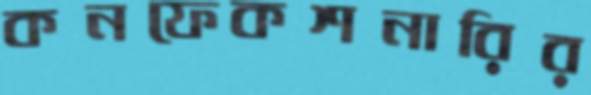
কনফেকশনারির